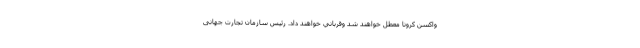
واكسن كرونا معطل خواهند شد وقرباني خواهند داد. رئیس سازمان تجارت جهانی